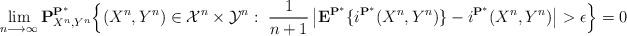
LaTeX: \begin{align*}\lim_{n\longrightarrow\infty}{\bf P}_{X^n, Y^n}^{{\bf P}^*}\Big\{(X^n,Y^n)\in{\cal X}^n\times{\cal Y}^n:~\frac{1}{n+1}\left|{\bf E}^{{\bf P}^*}\{i^{{\bf P}^{*}}(X^n,Y^n)\}-i^{{\bf P}^{*}}(X^n,Y^n)\right|>\epsilon\Big\}=0\end{align*}